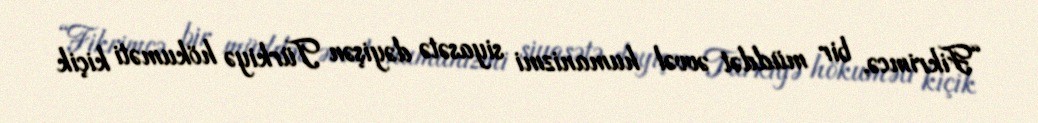
“Fikrimcə, bir müddət əvvəl humanizmi siyasətə dəyişən Türkiyə hökuməti kiçik